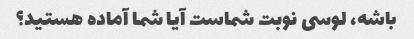
باشه، لوسی نوبت شماست آیا شما آماده هستید؟